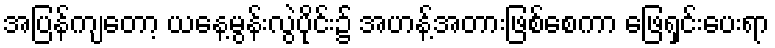
အပြန်ကျတော့ ယနေ့မွန်းလွဲပိုင်း၌ အဟန့်အတားဖြစ်စေကာ ဖြေရှင်းပေးရာ